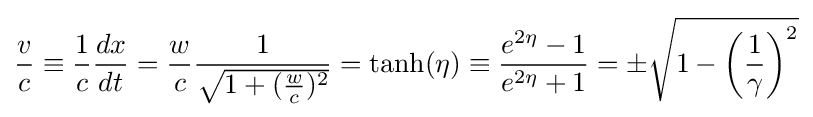
{\frac {v}{c}}\equiv {\frac {1}{c}}{\frac {dx}{dt}}={\frac {w}{c}}{\frac {1}{\sqrt {1+({\frac {w}{c}})^{2}}}}=\tanh(\eta )\equiv {\frac {e^{2\eta }-1}{e^{2\eta }+1}}=\pm {\sqrt {1-\left({\frac {1}{\gamma }}\right)^{2}}}